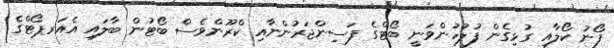
ފޯނު ކޯލާއި ގުޅިގެން ފުލުހުންވަނީ ބޯޓްގެ ފަސިންޖަރުންނާއި ކްރޫންވެސް ބޯޓުން ބާލައި އެއަރޕޯޓްގެ